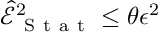
\widehat { \mathcal { E } } _ { \mathrm { ~ S ~ t ~ a ~ t ~ } } ^ { 2 } \le \theta \epsilon ^ { 2 }